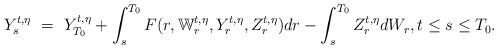
LaTeX: \begin{align*}Y_s^{t,\eta} \ = \ Y_{T_0}^{t,\eta} + \int_s^{T_0} F(r,\mathbb W_r^{t,\eta},Y_r^{t,\eta},Z_r^{t,\eta}) dr - \int_s^{T_0} Z_r^{t,\eta} dW_r, t \leq s \leq T_0.\end{align*}